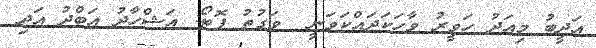
އަދީބު މިއަދު ހަވީރު ވާހަކަދައްކަވަނީ  ވަގުތު ފޮޓޯ: އަޝްހާދު އަބްދު އަދި